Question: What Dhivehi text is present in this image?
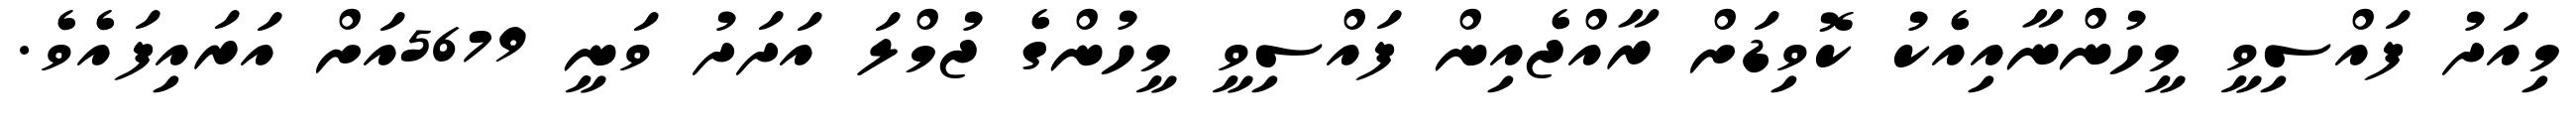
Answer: މިއަދު ފައްސިވީ މީހުންނާއިއެކު ކޮވިޑަށް ރާއްޖެއިން ފައްސިވީ މީހުންގެ ޖުމްލަ އަދަދު ވަނީ 5679އަށް އަރައިފައެވެ.